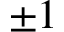
\pm 1